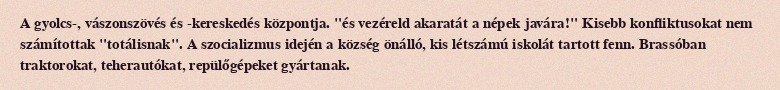
A gyolcs-, vászonszövés és -kereskedés központja. "és vezéreld akaratát a népek javára!" Kisebb konfliktusokat nem számítottak "totálisnak". A szocializmus idején a község önálló, kis létszámú iskolát tartott fenn. Brassóban traktorokat, teherautókat, repülőgépeket gyártanak.